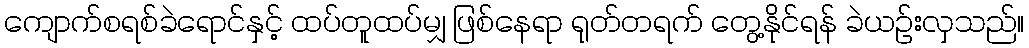
ကျောက်စရစ်ခဲရောင်နှင့် ထပ်တူထပ်မျှ ဖြစ်နေရာ ရုတ်တရက် တွေ့နိုင်ရန် ခဲယဉ်းလှသည်။